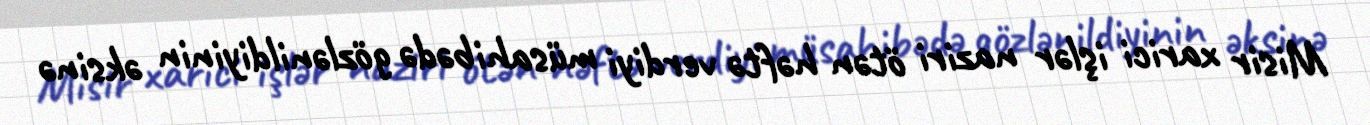
Misir xarici işlər naziri ötən həftə verdiyi müsahibədə gözlənildiyinin əksinə